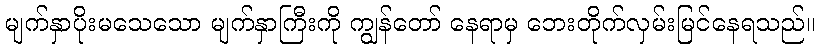
မျက်နှာပိုးမသေသော မျက်နှာကြီးကို ကျွန်တော် နေရာမှ ဘေးတိုက်လှမ်းမြင်နေရသည်။